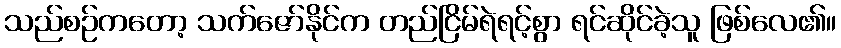
သည်စဉ်ကတော့ သက်ဇော်နိုင်က တည်ငြိမ်ရဲရင့်စွာ ရင်ဆိုင်ခဲ့သူ ဖြစ်လေ၏။